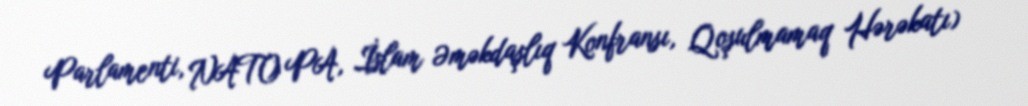
Parlamenti, NATO PA, İslam Əməkdaşlıq Konfransı, Qoşulmamaq Hərəkatı)